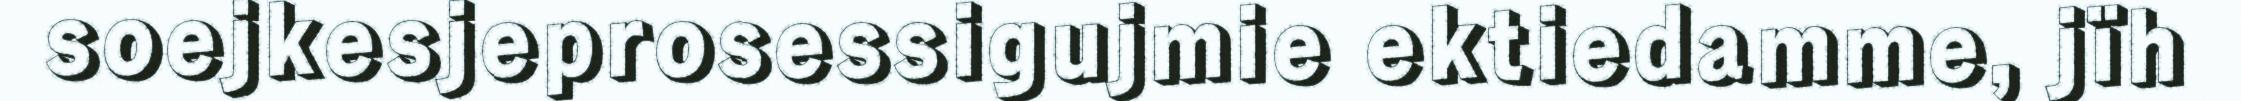
soejkesjeprosessigujmie ektiedamme, jïh